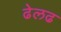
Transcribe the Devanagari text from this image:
ढेलढ